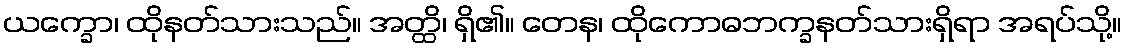
ယက္ခော၊ ထိုနတ်သားသည်။ အတ္ထိ၊ ရှိ၏။ တေန၊ ထိုကောဓဘက္ခနတ်သားရှိရာ အရပ်သို့။